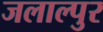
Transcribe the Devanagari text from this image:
जलाल्पुर